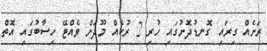
ރަށެއް ގިރައި ގޮނޑުދޮށުގައި ހުރި 2 ރުކެއް މޫދަށް ވެއްޓޭ ހިސާބުގައި އޮތް